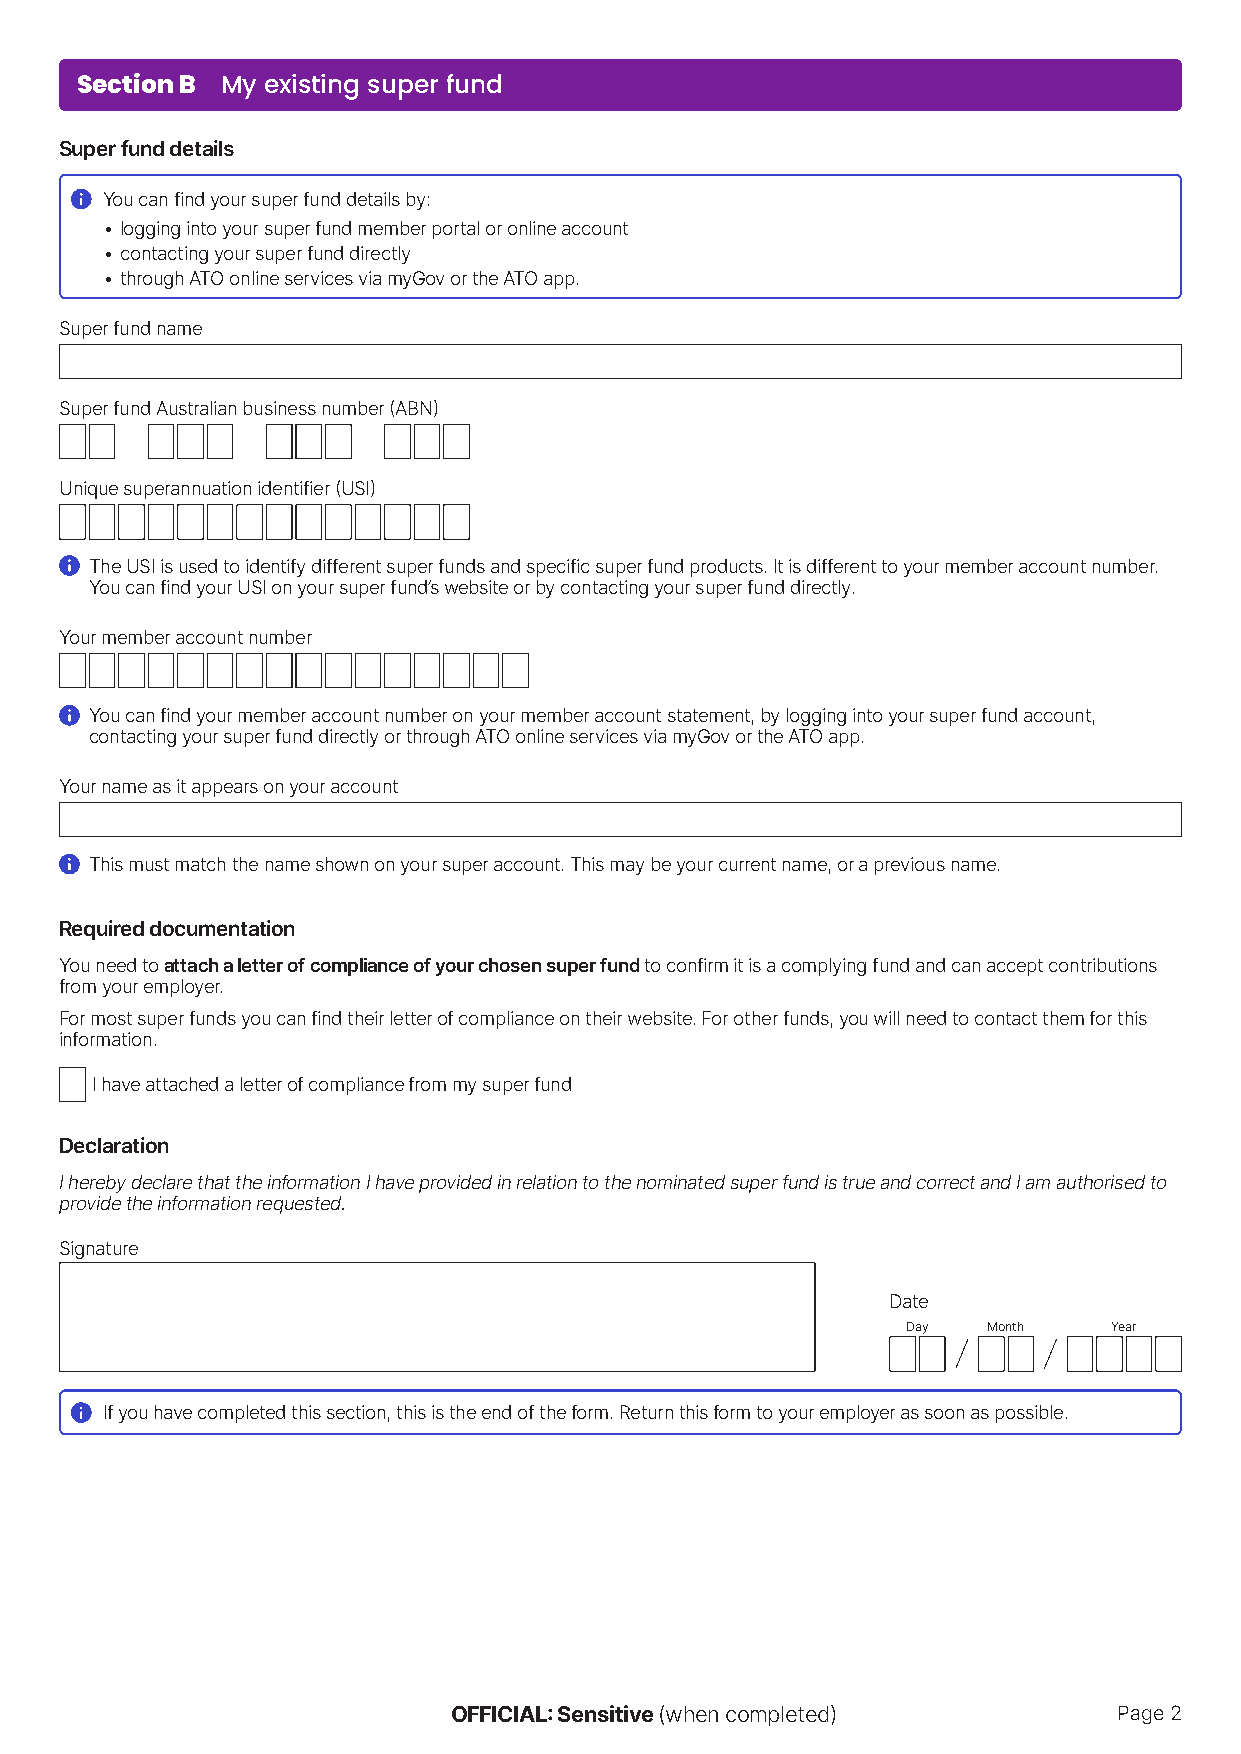
Section B My existing super fund
 Super fund details
 You can find your super fund details by:
 • logging into your super fund member portal or online account
 • contacting your super fund directly
 • through ATO online services via myGov or the ATO app.
 Super fund name
 Super fund Australian business number (ABN)
 Unique superannuation identifier (USI)
 The USI is used to identify different super funds and specific super fund products. It is different to your member account number.
 You can find your USI on your super fund’s website or by contacting your super fund directly.
 Your member account number
 You can find your member account number on your member account statement, by logging into your super fund account,
 contacting your super fund directly or through ATO online services via myGov or the ATO app.
 Your name as it appears on your account
 This must match the name shown on your super account. This may be your current name, or a previous name.
 Required documentation
 You need to attach a letter of compliance of your chosen super fund to confirm it is a complying fund and can accept contributions
 from your employer.
 For most super funds you can find their letter of compliance on their website. For other funds, you will need to contact them for this
 information.
 I have attached a letter of compliance from my super fund
 Declaration
 I hereby declare that the information I have provided in relation to the nominated super fund is true and correct and I am authorised to
 provide the information requested.
 Signature
 Date
 Day  Month    Year
 If you have completed this section, this is the end of the form. Return this form to your employer as soon as possible.
 OFFICIAL: Sensitive (when completed)        Page 2